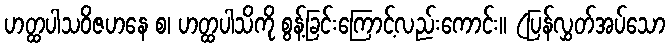
ဟတ္ထပါသဝိဇဟနေ စ၊ ဟတ္ထပါသိကို စွန့်ခြင်းကြောင့်လည်းကောင်း။ (ပြန်လွှတ်အပ်သော